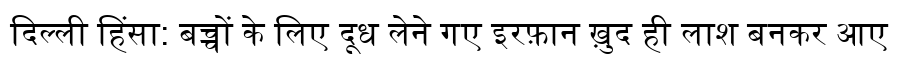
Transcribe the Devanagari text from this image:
दिल्ली हिंसा: बच्चों के लिए दूध लेने गए इरफ़ान ख़ुद ही लाश बनकर आए